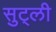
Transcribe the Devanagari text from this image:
सुट्ली